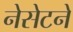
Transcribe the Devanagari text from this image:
नेसेटने